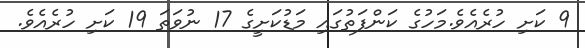
9 ކަށި ހުރެއެވެ.މަހުގެ ކަންފަތުގައި މަޑުކަށީގެ 17 ނުވަތަ 19 ކަށި ހުރެއެވެ.